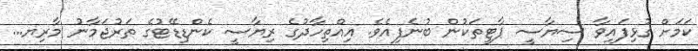
ކަމަށް ގުޅިފައިވާ ސިޔާސީ ޕާޓީތަކުން ބުނެފިއެވެ. އިއްތިހާދުގެ ރިޔާސީ ކެންޑިޑޭޓުގެ ތަރުޖަމާނު މާރިޔ...